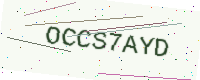
Text: OCCS7AYD